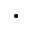
\cdot